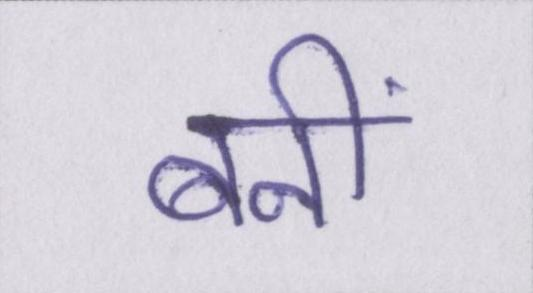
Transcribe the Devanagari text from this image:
बनीं